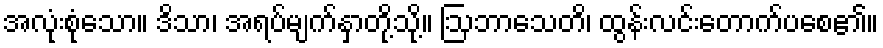
အလုံးစုံသော။ ဒိသာ၊ အရပ်မျက်နှာတို့သို့။ ဩဘာသေတိ၊ ထွန်းလင်းတောက်ပစေ၏။